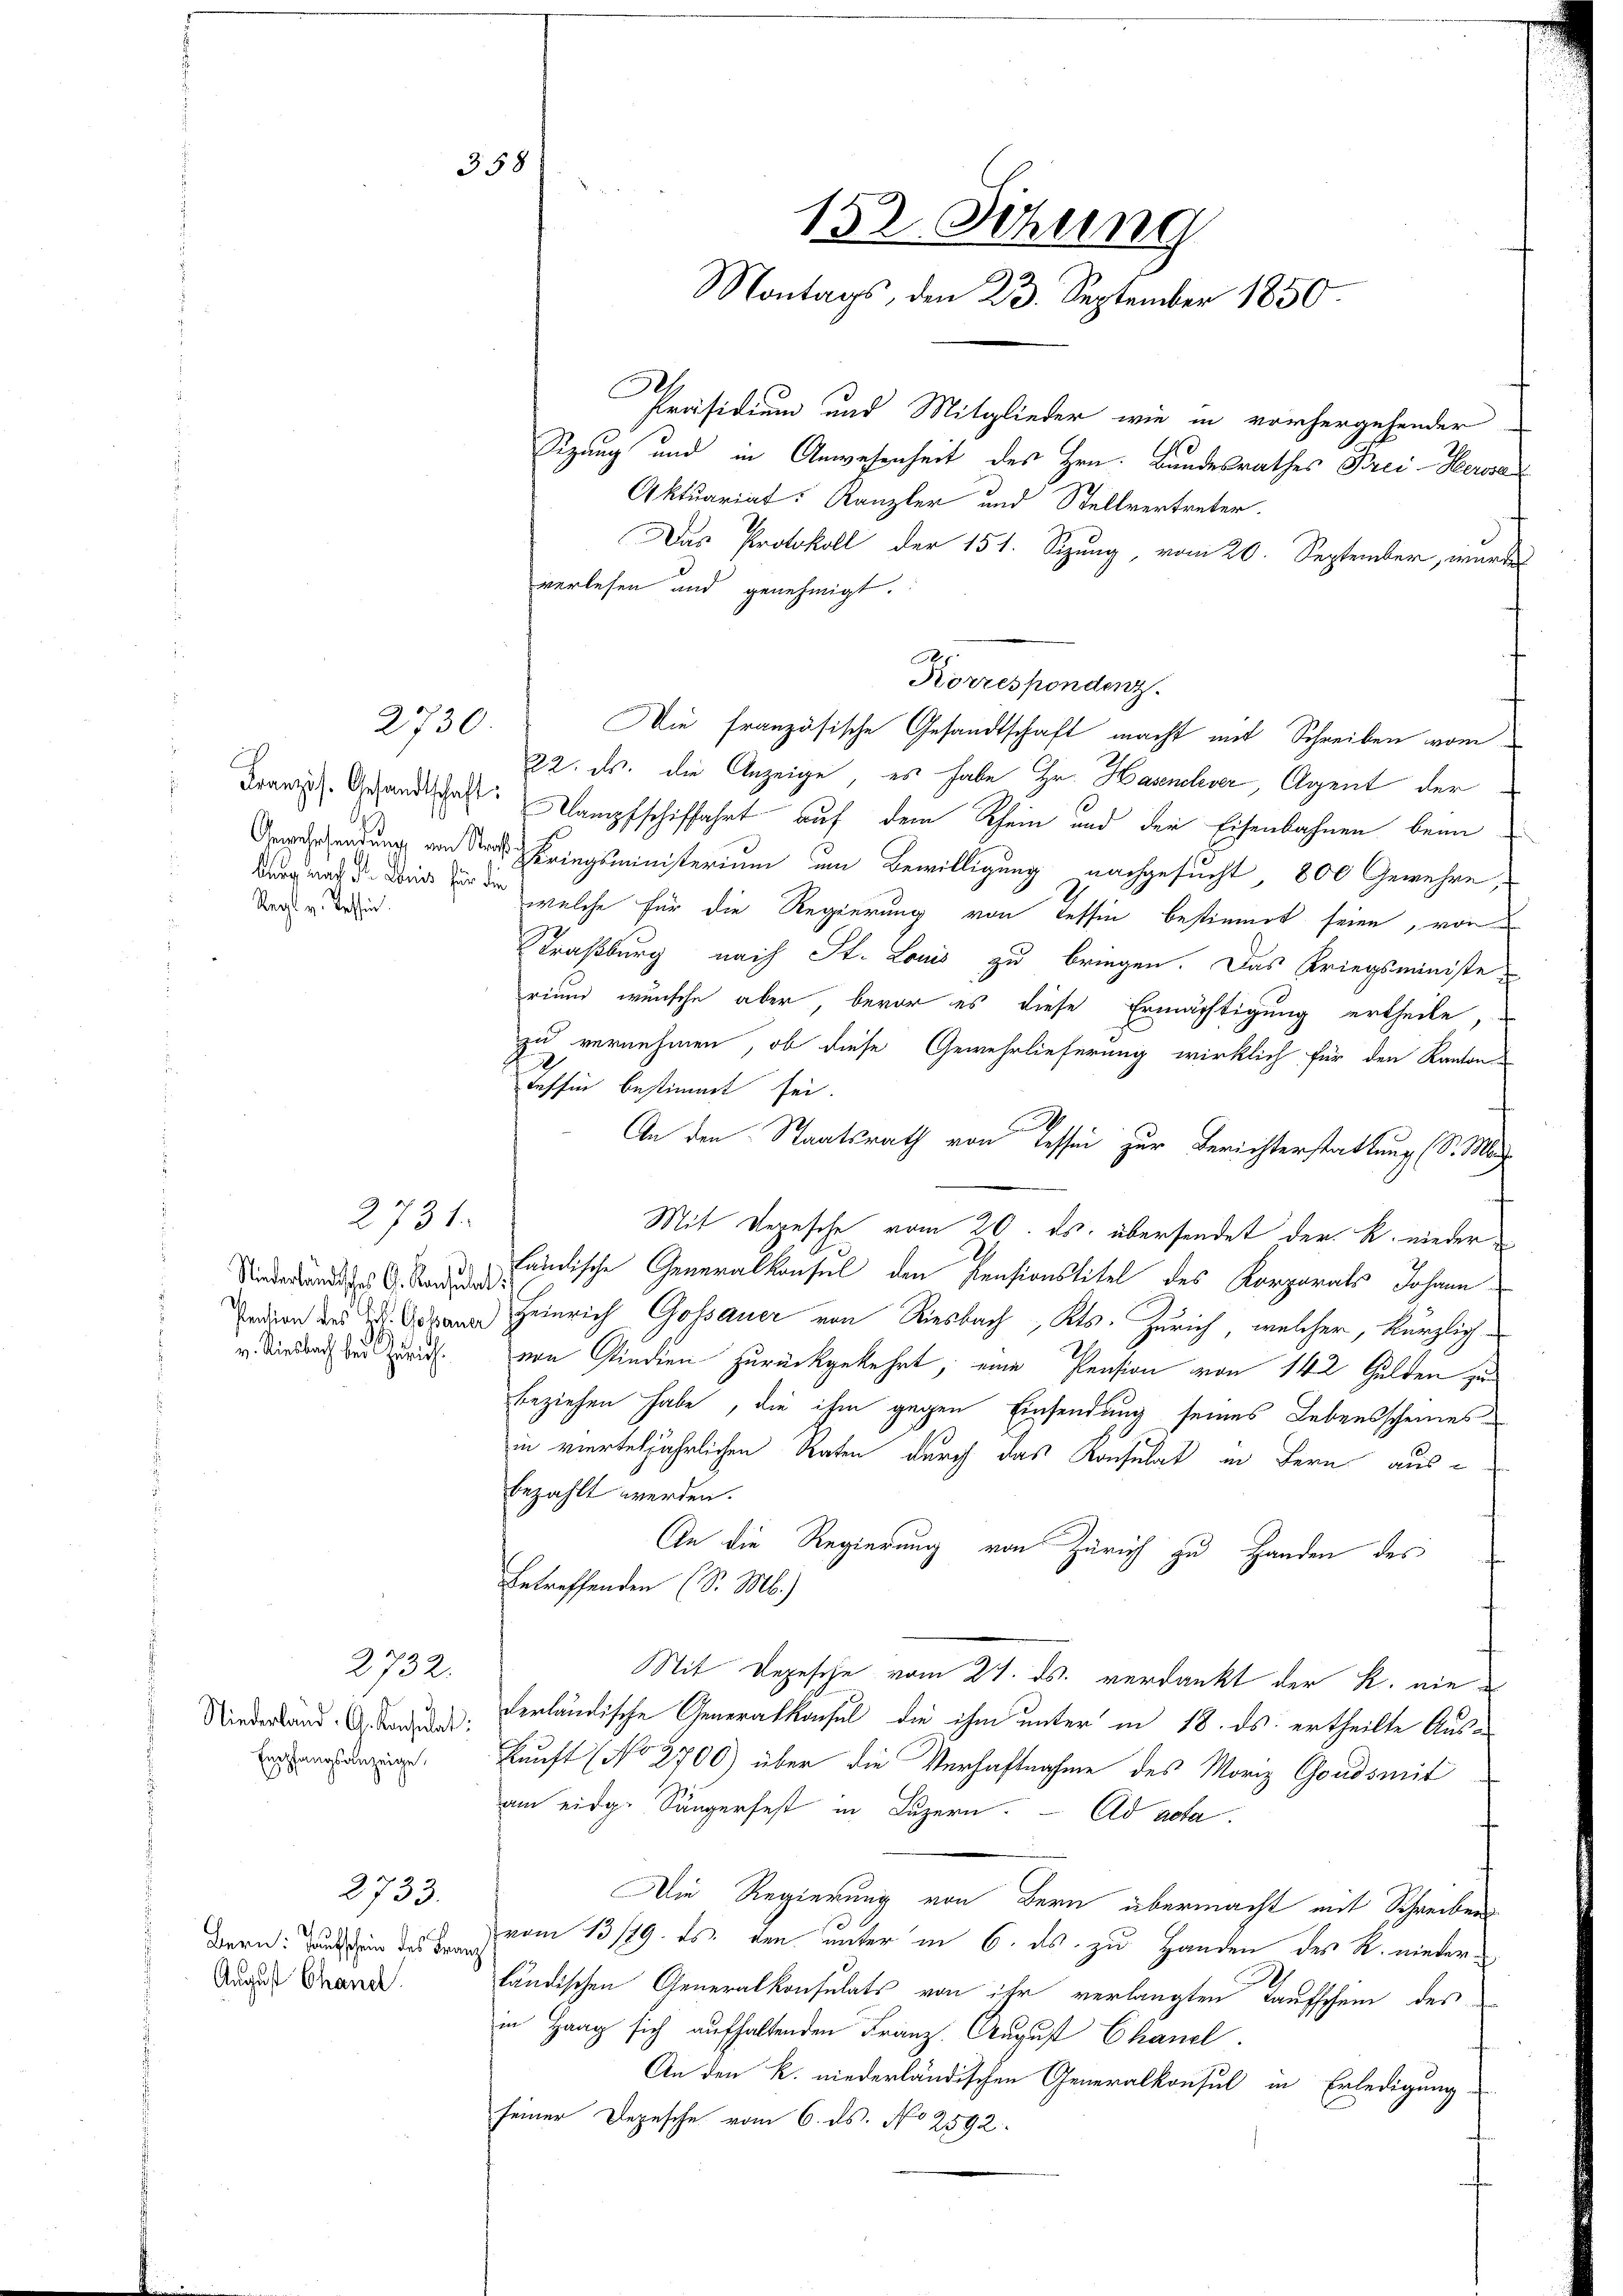
Französ. Gesandtschaft:
Arg nach St. Louis für die
Regt v. Tessin.

2730

2731.
v. Riesbach bei Zürich.

2732.

Niederland. G. Konsulat
Empfangsanzeige,

2733.

Bern: Taufschein des Ber
August Chand

358

e
Das Protokoll der 151. Sizung, vom 20. September, wurde
verlesen und genehmigt.
Korrespondenz.
Die französische Gesandtschaft macht mit Schreiben vom
22. ds. die Anzeige, es habe Hr. Hasenlever, Agent der
Dampfschiffahrt auf dem Rhein und der Eisenbahnen beim
Graschendung an Sr Kriegsministerium im Bewilligung nachgesucht 800 Gewehre,
welche für die Regierung von Tessin bestimmt seien, von
Straßburg nach St. Louis zu bringen. Das Kriegsministe
rium wunsche aber, bevor es diese Ermächtigung ertheile,
zu vernehmen, ob diese Gewehrlieferung wirklich für den Kanton
Tessin bestimmt sei
An den Staatsrath von dessen zur Berichterstattung (S. Ma
Mit Depesche vom 20. ds. übersendet der R. nieder
Niedern antische Generalkonsul den Pensionstitel des Korporats Johann
edion des an Heinrich Gossauer von Riesbach, Kts. Zürich, welcher, kürzlichvon Rindern zurückgekehrt, eine Pension von 142 Gulden zubeziehen habe, die ihm gegen Einsendung seines Lebensscheines
in vierteljährlichen Raten durch das Konsulat in Bern ausbezahlt werden.
An die Regierung von Zürich zu Handen des
betreffenden (S. M.)
Sit Depesche vom 27. ds. verdankt der K. nieverländische Generalkonsul die ihm unter in 18. ds. ertheilte Auskunft (No 2700) über die Verhaftnahme des Moriz Gondsmit
am eidg. Sängerfest in Luzern. Ad acta.
Die Regierung von Bern übermacht mit Schreibens
vom 13/19. ds. den unter in 6. ds. zu Handen des R. niederländischen Generalkonsulats von ihr verlangten Taufschein des
in Haag sich aufhaltenden Franz. August Chancl.
An den k. niederländischen Generalkonsul in Erledigung
seiner Depesche vom 6. ds. No 2592.

152. Sitzung
Montags, den 23. September 1850
Präsidium und Mitglieder wie in vorhergehender
Sizung und in Anwesenheit des Hrn. Bundesrathes Brei-Herosa
Aktuariat Kanzler und Stellvertreter.